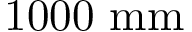
1 0 0 0 ~ \mathrm { { m m } }